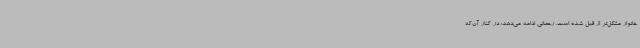
خانوار مشکل‌تر از قبل شده است. رحمانی ادامه می‌دهد: در کنار آن‌که